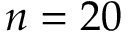
n = 2 0